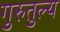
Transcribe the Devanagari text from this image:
गुरुतुल्य